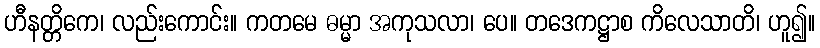
ဟီနတ္တိကေ၊ လည်းကောင်း။ ကတမေ ဓမ္မာ အကုသလာ၊ ပေ။ တဒေကဋ္ဌာစ ကိလေသာတိ၊ ဟူ၍။